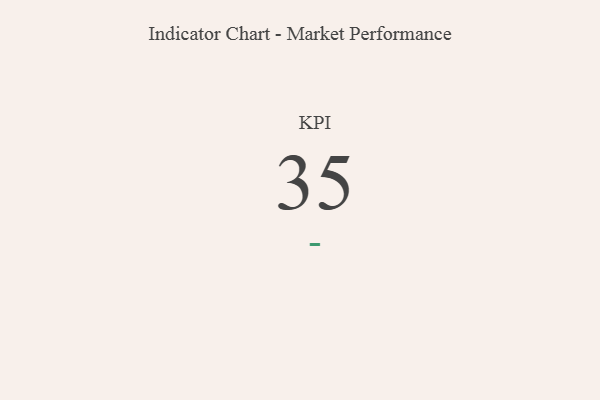
{"axis": {"x": "KPI", "y": "Value"}, "legend": [""], "data": [{"x": "KPI", "y": 35, "type": ""}]}